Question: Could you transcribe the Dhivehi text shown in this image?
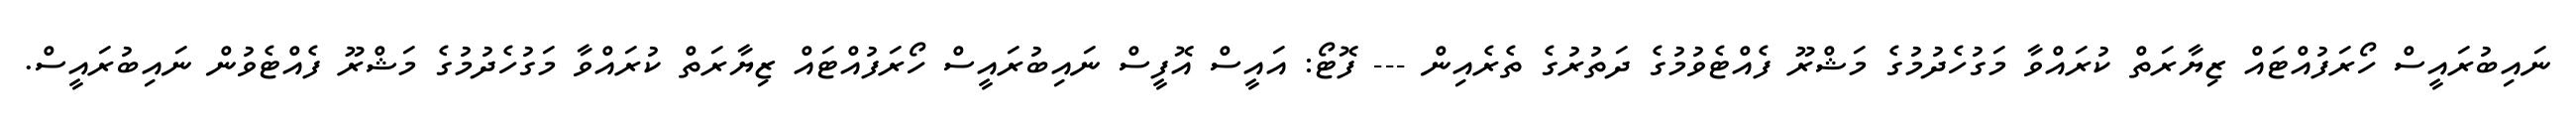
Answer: ނައިބުރައީސް ހޯރަފުއްޓައް ޒިޔާރަތް ކުރައްވާ މަގުހެދުމުގެ މަޝްރޫ ފެއްޓެވުމުގެ ދަތުރުގެ ތެރެއިން --- ފޮޓޯ: އައީސް އޮފީސް ނައިބުރައީސް ހޯރަފުއްޓައް ޒިޔާރަތް ކުރައްވާ މަގުހެދުމުގެ މަޝްރޫ ފެއްޓެވުން ނައިބުރައީސް.